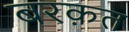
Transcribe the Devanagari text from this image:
बरक़त